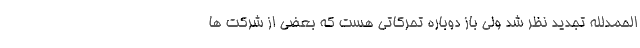
الحمدلله تجدید نظر شد ولی باز دوباره تحرکاتی هست که بعضی از شرکت ها